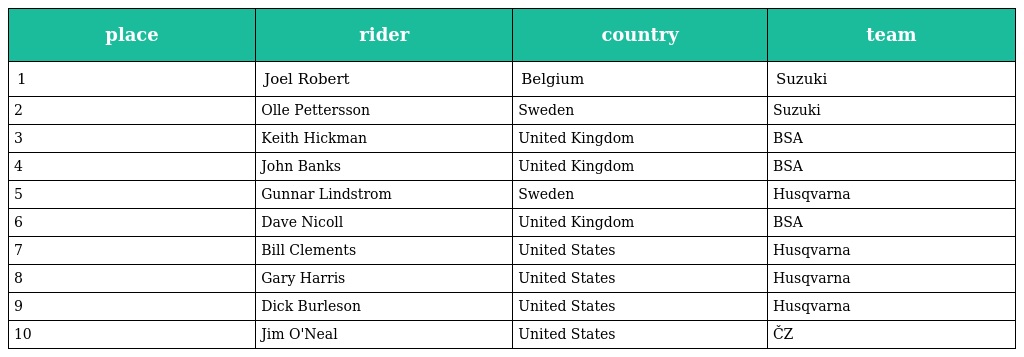
| place | rider | country | team |
 | --- | --- | --- | --- |
 | 1 | Joel Robert | Belgium | Suzuki |
 | 2 | Olle Pettersson | Sweden | Suzuki |
 | 3 | Keith Hickman | United Kingdom | BSA |
 | 4 | John Banks | United Kingdom | BSA |
 | 5 | Gunnar Lindstrom | Sweden | Husqvarna |
 | 6 | Dave Nicoll | United Kingdom | BSA |
 | 7 | Bill Clements | United States | Husqvarna |
 | 8 | Gary Harris | United States | Husqvarna |
 | 9 | Dick Burleson | United States | Husqvarna |
 | 10 | Jim O'Neal | United States | ČZ |